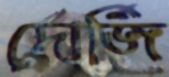
দোর্জি